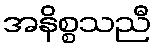
အနိစ္စသညီ